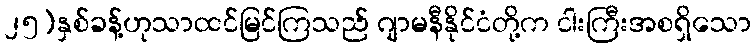
၂၅)နှစ်ခန့်ဟုသာထင်မြင်ကြသည် ဂျာမနီနိုင်ငံတို့က ငါးကြီးအစရှိသော